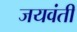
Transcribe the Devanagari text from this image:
जयवंती